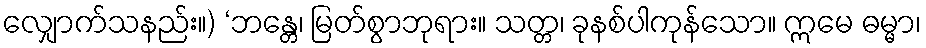
လျှောက်သနည်း။) ‘ဘန္တေ၊ မြတ်စွာဘုရား။ သတ္တ၊ ခုနစ်ပါကုန်သော။ ဣမေ ဓမ္မာ၊